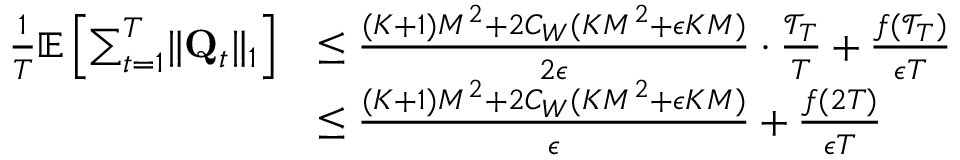
\begin{array} { r l } { \frac 1 T \mathbb E \left[ \sum _ { t = 1 } ^ { T } \lVert \mathbf Q _ { t } \rVert _ { 1 } \right] } & { \le \frac { ( K + 1 ) M ^ { 2 } + 2 C _ { W } ( K M ^ { 2 } + \epsilon K M ) } { 2 \epsilon } \cdot \frac { \mathcal T _ { T } } { T } + \frac { f ( \mathcal T _ { T } ) } { \epsilon T } } \\ & { \le \frac { ( K + 1 ) M ^ { 2 } + 2 C _ { W } ( K M ^ { 2 } + \epsilon K M ) } { \epsilon } + \frac { f ( 2 T ) } { \epsilon T } } \end{array}